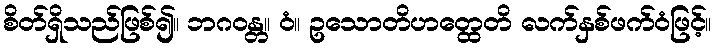
စိတ်ရှိသည်ဖြစ်၍။ ဘဂဝန္တ။ ဝံ။ ဥသောတိဟတ္ထေတိ လက်နှစ်ဖက်ဝံဖြင့်။